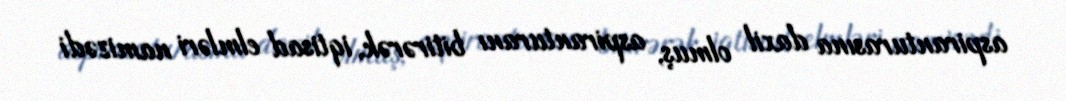
aspiranturasına daxil olmuş, aspiranturanı bitirərək, iqtisad elmləri namizədi